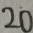
2 0